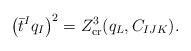
LaTeX: \begin{align*}\left(\bar t^I q_I \right)^2 = Z^{3}_{\rm cr} (q_L, C_{IJK}).\end{align*}